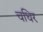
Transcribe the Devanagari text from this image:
चधिर